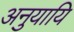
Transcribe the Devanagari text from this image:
अनुयायि